Indian journal of veterinary science and animal husbandry - Volume 13,
Year: 1943
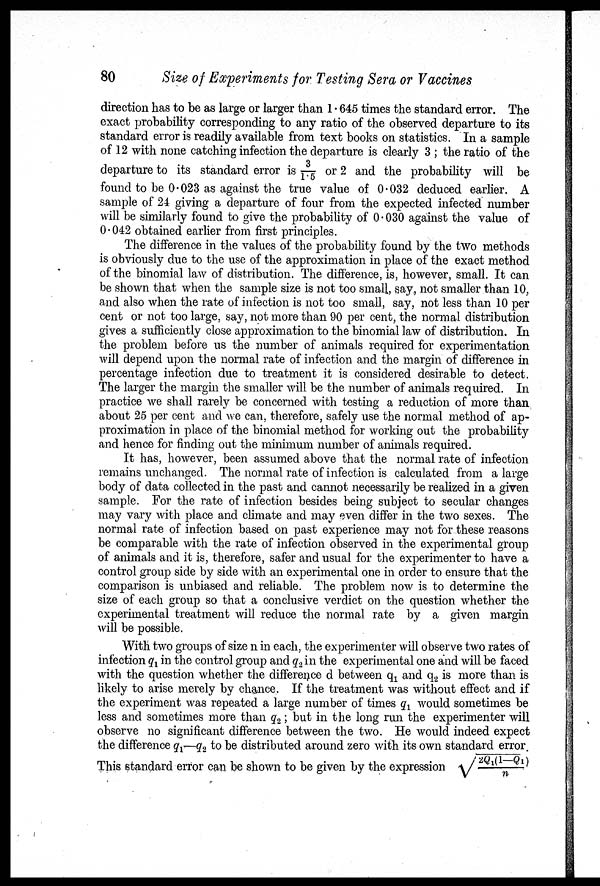
80
Size of Experiments for Testing Sera or Vaccines
direction has to be as large or larger than 1.645 times the standard error. The
exact probability corresponding to any ratio of the observed departure to its
standard error is readily available from text books on statistics. In a sample
of 12 with none catching infection the departure is clearly 3 ; the ratio of the
departure to its standard error is 3/1.5 or 2 and the probability will be
found to be 0.023 as against the true value of 0.032 deduced earlier. A
sample of 24 giving a departure of four from the expected infected number
will be similarly found to give the probability of 0.030 against the value of
0.042 obtained earlier from first principles.
The difference in the values of the probability found by the two methods
is obviously due to the use of the approximation in place of the exact method
of the binomial law of distribution. The difference, is, however, small. It can
be shown that when the sample size is not too small, say, not smaller than 10,
and also when the rate of infection is not too small, say, not less than 10 per
cent or not too large, say, not more than 90 per cent, the normal distribution
gives a sufficiently close approximation to the binomial law of distribution. In
the problem before us the number of animals required for experimentation
will depend upon the normal rate of infection and the margin of difference in
percentage infection due to treatment it is considered desirable to detect.
The larger the margin the smaller will be the number of animals required. In
practice we shall rarely be concerned with testing a reduction of more than
about 25 per cent and we can, therefore, safely use the normal method of ap
proximation in place of the binomial method for working out the probability
and hence for finding out the minimum number of animals required.
It has, however, been assumed above that the normal rate of infection
remains unchanged. The normal rate of infection is calculated from a large
body of data collected in the past and cannot necessarily be realized in a given
sample. For the rate of infection besides being subject to secular changes
may vary with place and climate and may even differ in the two sexes. The
normal rate of infection based on past experience may not for these reasons
be comparable with the rate of infection observed in the experimental group
of animals and it is, therefore, safer and usual for the experimenter to have a
control group side by side with an experimental one in order to ensure that the
comparison is unbiased and reliable. The problem now is to determine the
size of each group so that a conclusive verdict on the question whether the
experimental treatment will reduce the normal rate by a given margin
will be possible.
With two groups of size n in each, the experimenter will observe two rates of
infection q 1 in the control group and q 2 in the experimental one and will be faced
with the question whether the difference d between q 1 and q 2 is more than is
likely to arise merely by chance. If the treatment was without effect and if
the experiment was repeated a large number of times q 1 would sometimes be
less and sometimes more than q 2 ; but in the long run the experimenter will
observe no significant difference between the two. He would indeed expect
the difference q 1 —q 2 to be distributed around zero with its own standard error.
This standard error can be shown to be given by the expression √2q 1 (1—Q 1 )/n